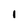
Character: 1